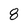
Character: 8